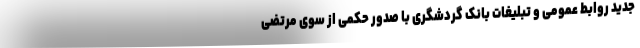
جدید روابط عمومی و تبلیغات بانک گردشگری با صدور حکمی از سوی مرتضی